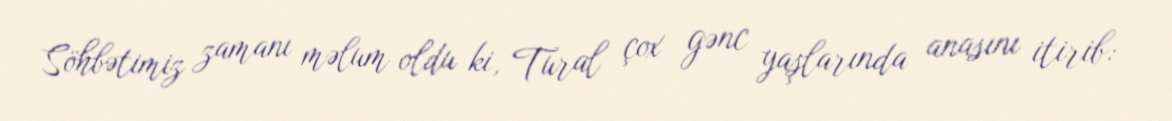
Söhbətimiz zamanı məlum oldu ki, Tural çox gənc yaşlarında anasını itirib: